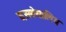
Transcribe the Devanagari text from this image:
दसवेयालिय